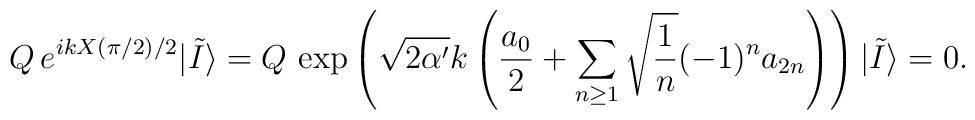
Q \, e^{i k X(\pi/2)/2} |\tilde I \rangle = Q\,  \exp\left(\sqrt{2 \alpha'} k \left({a_0\over 2} + \sum_{n \ge 1}   \sqrt{{1 \over n}}(-1)^n a_{2n} \right)\right) | \tilde I \rangle = 0.